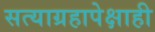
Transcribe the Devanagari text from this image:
सत्याग्रहापेक्षाही